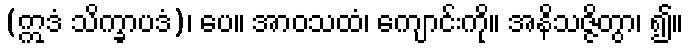
(ဣဒံ သိက္ခာပဒံ)၊ ပေ။ အာဝသထံ၊ ကျောင်းကို။ အနိသဇ္ဇိတွာ၊ ၍။